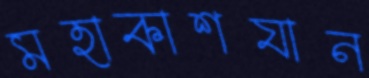
মহাকাশযান